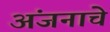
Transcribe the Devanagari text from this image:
अंजनाचे